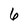
Character: 6